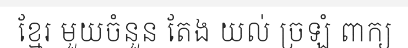
ខ្មែរ មួយចំនួន តែង យល់ ច្រឡំ ពាក្យ